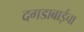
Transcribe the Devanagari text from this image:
दगडाबाईचा